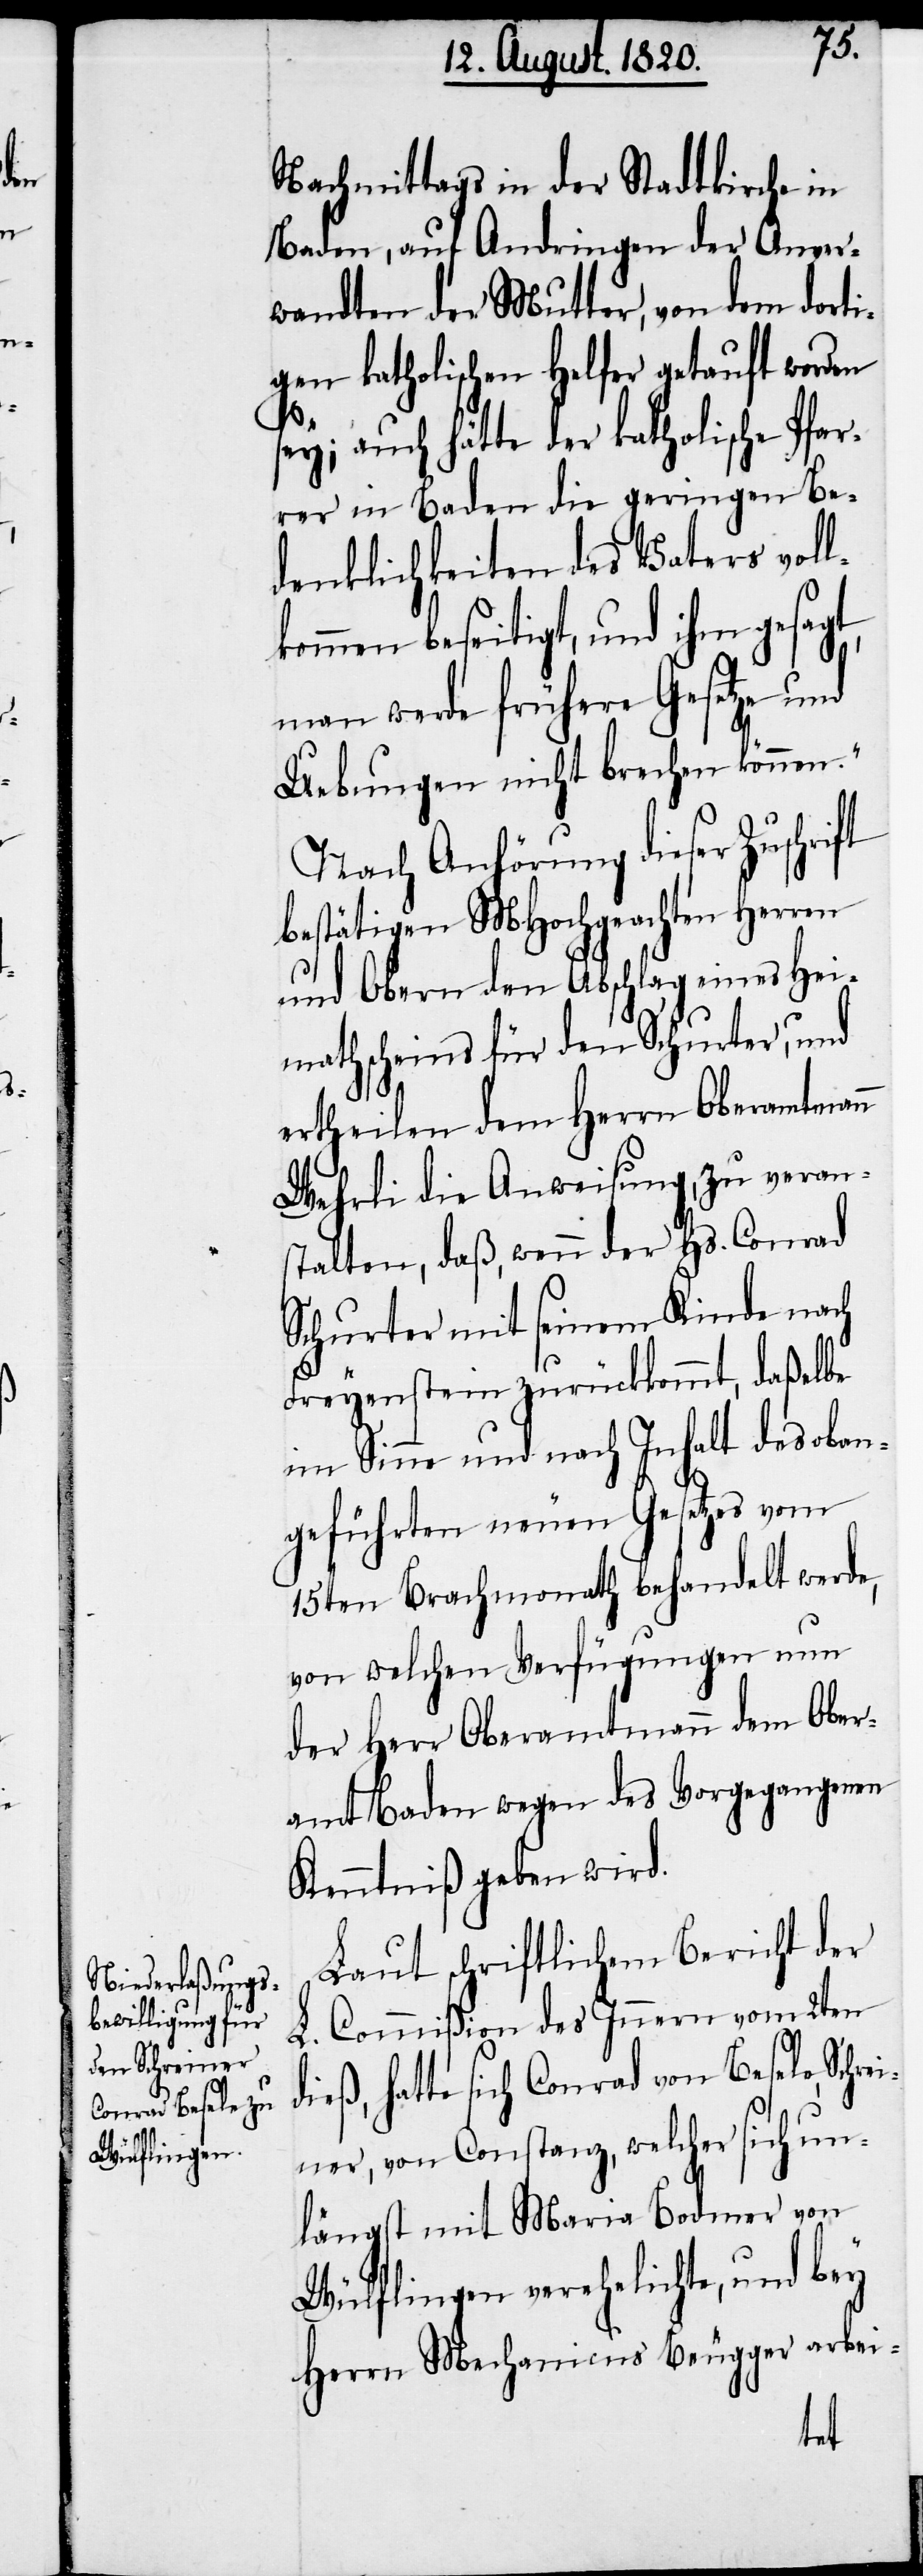
d¬

Nachmittags in der Stadtkirche in
Baden, auf Andringen der Anver¬
wandten der Mutter, von dem dorti¬
gen katholischen Helfer getauft worden
sey; auch hätte der katholische Pfar¬
rer in Baden die geringen Be¬
denklichkeiten des Vaters voll¬
kommen beseitigt, und ihm gesagt,
man werde frühere Gesetze und
Uebungen nicht brechen können.“
Nach Anhörung dieser Zuschrift
bestätigen MHochgeachten Herren
und Obern den Abschlag eines Hei¬
mathscheines für den Schurter, und
ertheilen dem Herrn Oberamtmann
Wehrli die Anweisung, zu veran¬
stalten, daß wenn der Hs. Conrad
Schurter mit seinem Kinde nach
Freyenstein zurückkommt, daßelbe
im Sinne und nach Inhalt des oben¬
geführten neuen Gesetzes vom
15ten Brachmonath behandelt werde,
von welchen Verfügungen nun
der Herr Oberamtmann dem Ober¬
amt Baden wegen des Vorgegangenen
Kenntniß geben wird.
Laut schriftlichem Bericht der
L. Commißion des Innern vom 2ten
ieß, hatte sich Conrad von Besele, Schr¬
einer, von Constanz, welcher sich un¬
längst mit Maria Bodmer von
Wülflingen verehelichte, und bey
Herrn Mechanicus Beugger arbeit-